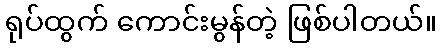
ရုပ်ထွက် ကောင်းမွန်တဲ့ ဖြစ်ပါတယ်။